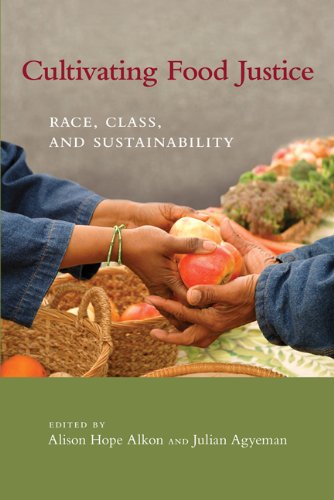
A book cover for Cultivating Food Justice: Race, Class, and Sustainability (Food, Health, and the Environment); Science & Math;